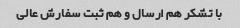
با تشکر هم‌ ارسال و هم ثبت سفارش عالی